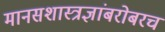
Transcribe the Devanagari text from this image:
मानसशास्त्रज्ञांबरोबरच